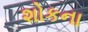
શોકના